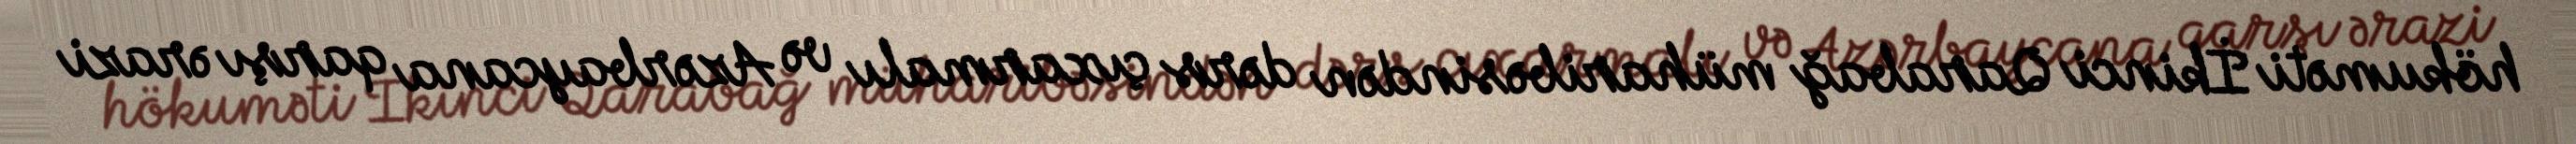
hökuməti İkinci Qarabağ müharibəsindən dərs çıxarmalı və Azərbaycana qarşı ərazi